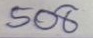
508